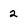
Character: 2